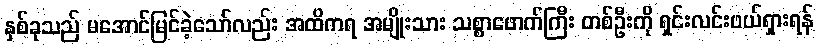
နှစ်ခုသည် မအောင်မြင်ခဲ့သော်လည်း အထိကရ အမျိုးသား သစ္စာဖောက်ကြီး တစ်ဦးကို ရှင်းလင်းဖယ်ရှားရန်